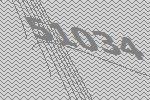
51034